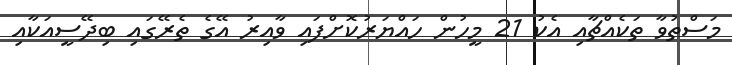
މަސްތުވާ ތަކެއްޗާއި އެކު 21 މީހުން ހައްޔަރުކޮށްފައި ވާއިރު އޭގެ ތެރޭގައި ބިދޭސީއަކާއި